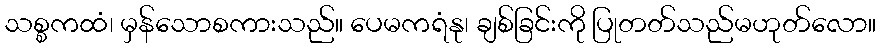
သစ္စကထံ၊ မှန်သောစကားသည်။ ပေမကရံနု၊ ချစ်ခြင်းကို ပြုတတ်သည်မဟုတ်လော။